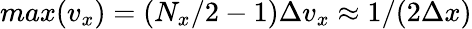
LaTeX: max(v_{x})=(N_{x}/2-1)\Delta v_{x}\approx 1/(2\Delta x)